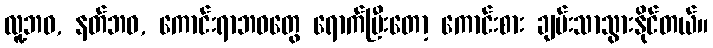
လူ့ဘဝ, နတ်ဘဝ, ကောင်းရာဘဝတွေ ရောက်ပြီးတော့ ကောင်းစား ချမ်းသာသွားနိုင်တယ်။